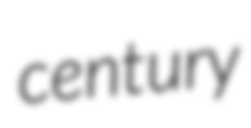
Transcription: century